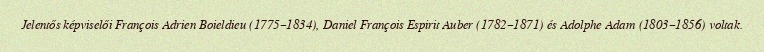
Jelentős képviselői François Adrien Boieldieu (1775–1834), Daniel François Espirit Auber (1782–1871) és Adolphe Adam (1803–1856) voltak.